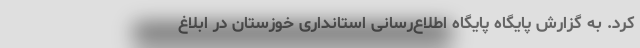
کرد. به گزارش پایگاه پایگاه اطلاع‌رسانی استانداری خوزستان در ابلاغ